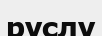
руслу